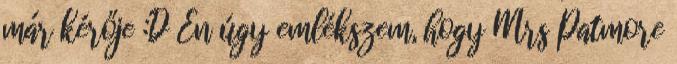
már kérője :D Én úgy emlékszem, hogy Mrs Patmore